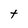
Character: t